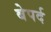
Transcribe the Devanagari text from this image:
बेपर्द